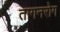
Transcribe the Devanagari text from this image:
तागनरोग